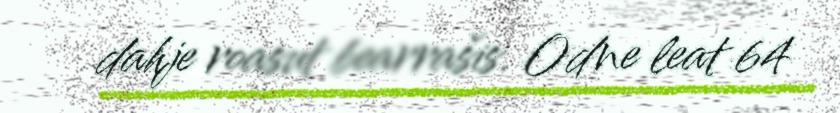
dahje roasut bearrašis. Odne leat 64